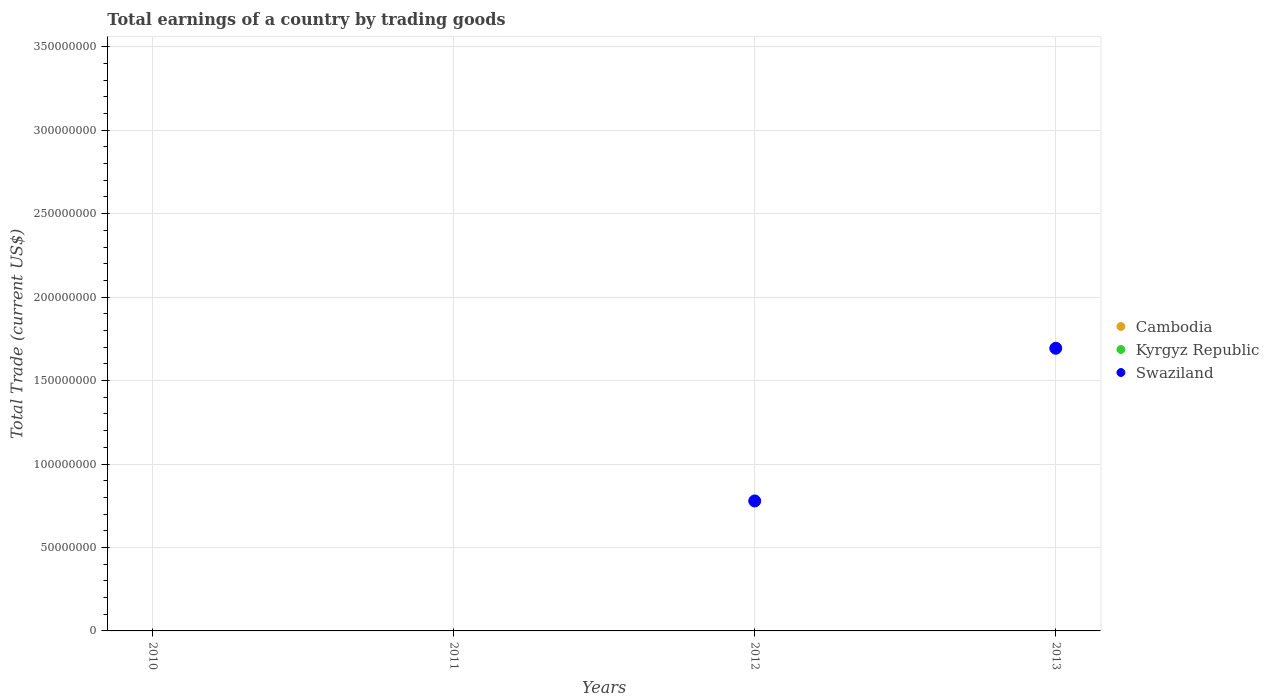
| Years | Cambodia | Kyrgyz Republic | Swaziland |
 | --- | --- | --- | --- |
 | 2010 | -1.56e+09 | -1.2e+09 | -1.49e+08 |
 | 2011 | -1.9e+09 | -1.67e+09 | -3.73e+07 |
 | 2012 | -2.46e+09 | -3.21e+09 | 7.79e+07 |
 | 2013 | -2.96e+09 | -3.57e+09 | 1.69e+08 |